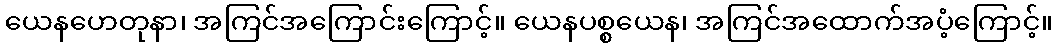
ယေနဟေတုနာ၊ အကြင်အကြောင်းကြောင့်။ ယေနပစ္စယေန၊ အကြင်အထောက်အပံ့ကြောင့်။